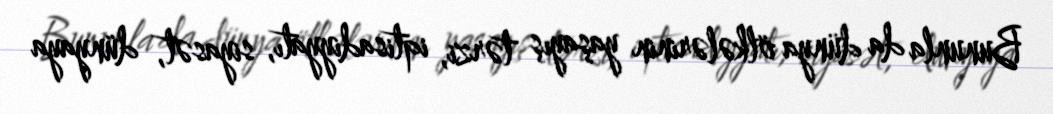
Bununla da dünya ölkələrinin yaşayış tərzi, iqtisadiyyatı, siyasət, dünyaya